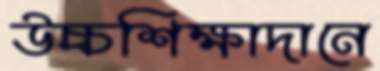
উচ্চশিক্ষাদানে